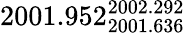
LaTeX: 2001.952_{2001.636}^{2002.292}